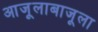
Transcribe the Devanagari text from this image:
आजूलाबाजूला